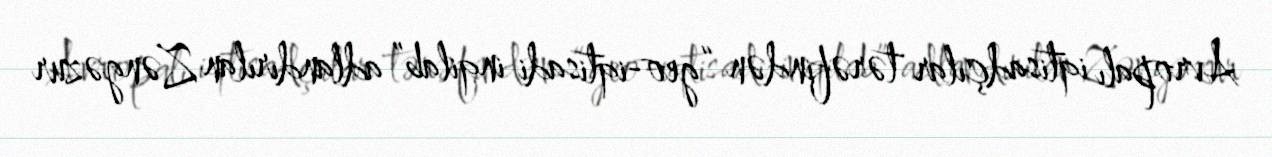
Avropalı iqtisadçılar tərəfindən “geo-iqtisadi inqilab” adlandırılan Zəngəzur